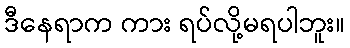
ဒီနေရာက ကား ရပ်လို့မရပါဘူး။